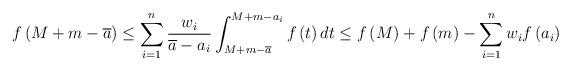
LaTeX: \begin{align*}f\left( M+m-\overline{a} \right)\le \sum\limits_{i=1}^{n}{\frac{{{w}_{i}}}{\overline{a}-{{a}_{i}}}\int_{M+m-\overline{a}}^{M+m-{{a}_{i}}}{f\left( t \right)dt}}\le f\left( M \right)+f\left( m \right)-\sum\limits_{i=1}^{n}{{{w}_{i}}f\left( {{a}_{i}} \right)}\end{align*}